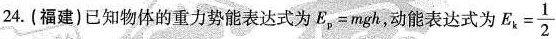
24.(福建)已知物体的重力势能表达式为$$E_{p}=mgh$$,动能表达式为$$E_{k}= \frac{1}{2}$$